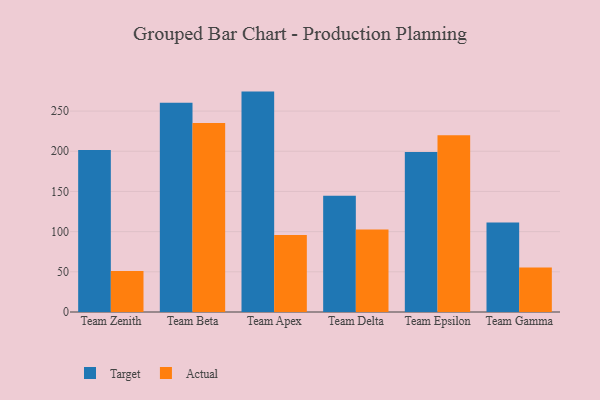
{"axis": {"x": "Team", "y": "Population (Million)"}, "legend": ["Actual", "Target"], "data": [{"x": "Team Zenith", "y": 201.6, "type": "Target"}, {"x": "Team Zenith", "y": 50.9, "type": "Actual"}, {"x": "Team Beta", "y": 260.4, "type": "Target"}, {"x": "Team Beta", "y": 235.2, "type": "Actual"}, {"x": "Team Apex", "y": 274.2, "type": "Target"}, {"x": "Team Apex", "y": 95.9, "type": "Actual"}, {"x": "Team Delta", "y": 144.5, "type": "Target"}, {"x": "Team Delta", "y": 102.7, "type": "Actual"}, {"x": "Team Epsilon", "y": 199.1, "type": "Target"}, {"x": "Team Epsilon", "y": 220.0, "type": "Actual"}, {"x": "Team Gamma", "y": 111.4, "type": "Target"}, {"x": "Team Gamma", "y": 55.5, "type": "Actual"}]}